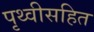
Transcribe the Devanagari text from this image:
पृथ्वीसहित